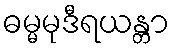
ဓမ္မမုဒီရယန္တာ